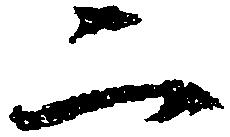
二